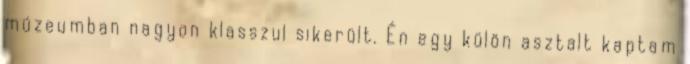
múzeumban nagyon klasszul sikerült. Én egy külön asztalt kaptam